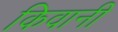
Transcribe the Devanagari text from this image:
किवानी